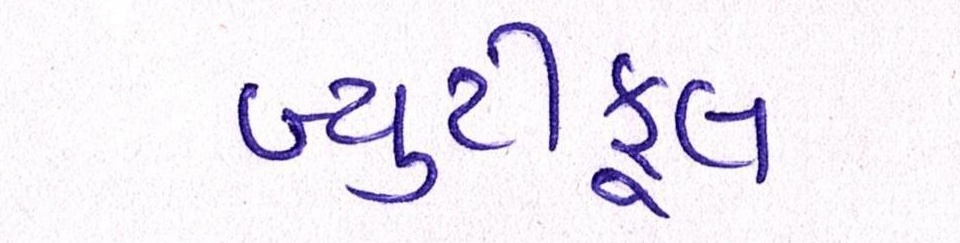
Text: બ્યુટીફૂલ